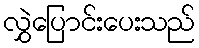
လွှဲပြောင်းပေးသည်